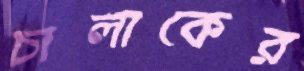
চালাকের